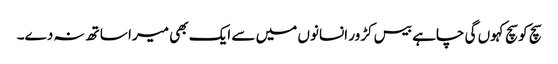
سچ کو سچ کہوں گی چاہے بیس کڑور انسانوں میں سے ایک بھی میرا ساتھ نہ دے۔